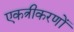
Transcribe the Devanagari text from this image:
एकत्रीकरणों